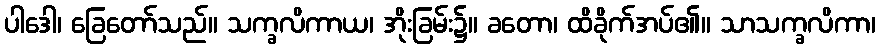
ပါဒေါ၊ ခြေတော်သည်။ သက္ခလိကာယ၊ အိုးခြမ်း၌။ ခတော၊ ထိခိုက်အပ်၏။ သာသက္ခလိကာ၊